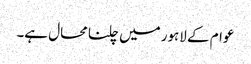
عوام کے لاہور میں چلنا محال ہے۔